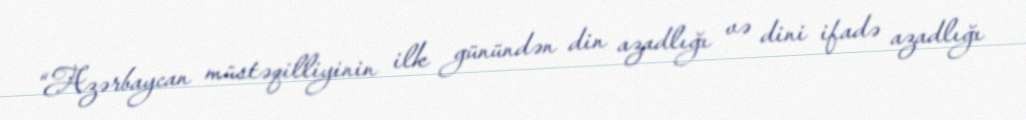
“Azərbaycan müstəqilliyinin ilk günündən din azadlığı və dini ifadə azadlığı